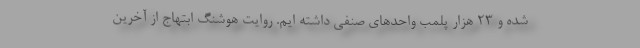
شده و ۲۳ هزار پلمب واحدهای صنفی داشته ایم. روایت هوشنگ ابتهاج از آخرین